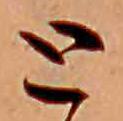
と